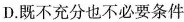
D.既不充分也不必要条件